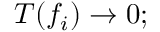
T ( f _ { i } ) \to 0 ;